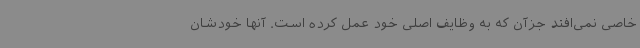
خاصی نمی‌افتد جزآن که به وظایف اصلی خود عمل کرده است. آنها خودشان